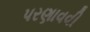
પરણાવવી